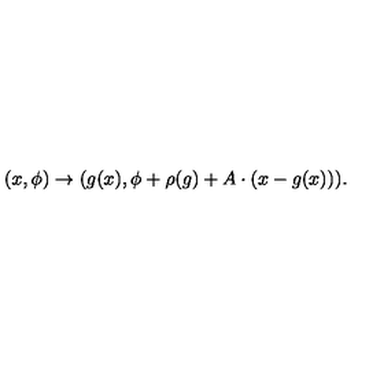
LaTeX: ( x , \phi ) \to ( g ( x ) , \phi + \rho ( g ) + A \cdot ( x - g ( x ) ) ) .